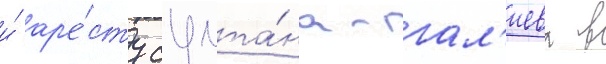
и́ ар'е́сту султа́на-гал'иева в